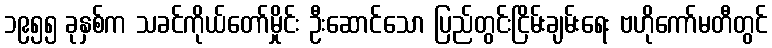
၁၉၅၅ ခုနှစ်က သခင်ကိုယ်တော်မှိုင်း ဦးဆောင်သော ပြည်တွင်းငြိမ်းချမ်းရေး ဗဟိုကော်မတီတွင်